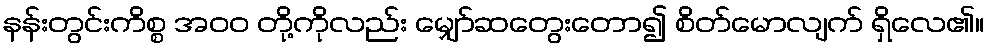
နန်းတွင်းကိစ္စ အ၀၀ တို့ကိုလည်း မျှော်ဆတွေးတော၍ စိတ်မောလျက် ရှိလေ၏။